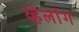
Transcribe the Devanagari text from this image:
व्हेर्लाग